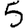
Digit: 5